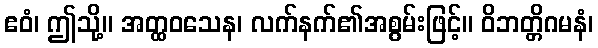
ဧဝံ၊ ဤသို့။ အတ္ထဝသေန၊ လက်နက်၏အစွမ်းဖြင့်။ ဝိဘတ္တိဂမနံ၊